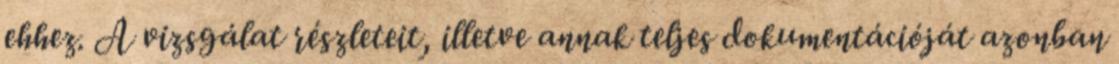
ehhez. A vizsgálat részleteit, illetve annak teljes dokumentációját azonban